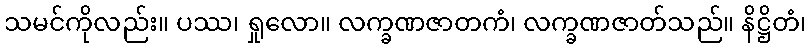
သမင်ကိုလည်း။ ပဿ၊ ရှုလော။ လက္ခဏဇာတကံ၊ လက္ခဏဇာတ်သည်။ နိဋ္ဌိတံ၊